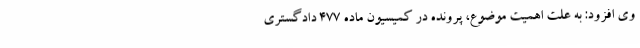
وی افزود: به علت اهمیت موضوع، پرونده در کمیسیون ماده 477 دادگستری